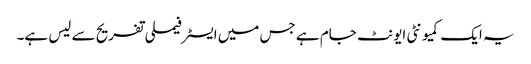
یہ ایک کمیونٹی ایونٹ جام ہے جس میں ایسٹر فیملی تفریح ​​سے لیس ہے۔